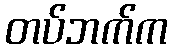
တပ်ဘက်က